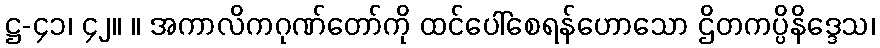
ဋ္ဌ-၄၁၊ ၄၂။ ။ အကာလိကဂုဏ်တော်ကို ထင်ပေါ်စေရန်ဟောသော ဌိတကပ္ပိနိဒ္ဒေသ၊